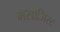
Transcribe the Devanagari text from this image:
मसाजिस्ट